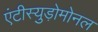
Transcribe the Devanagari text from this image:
एंटीस्युड़ोमोनल